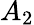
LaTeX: A_{2}